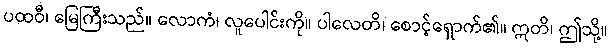
ပထဝီ၊ မြေကြီးသည်။ လောကံ၊ လူပေါင်းကို။ ပါလေတိ၊ စောင့်ရှောက်၏။ ဣတိ၊ ဤသို့။